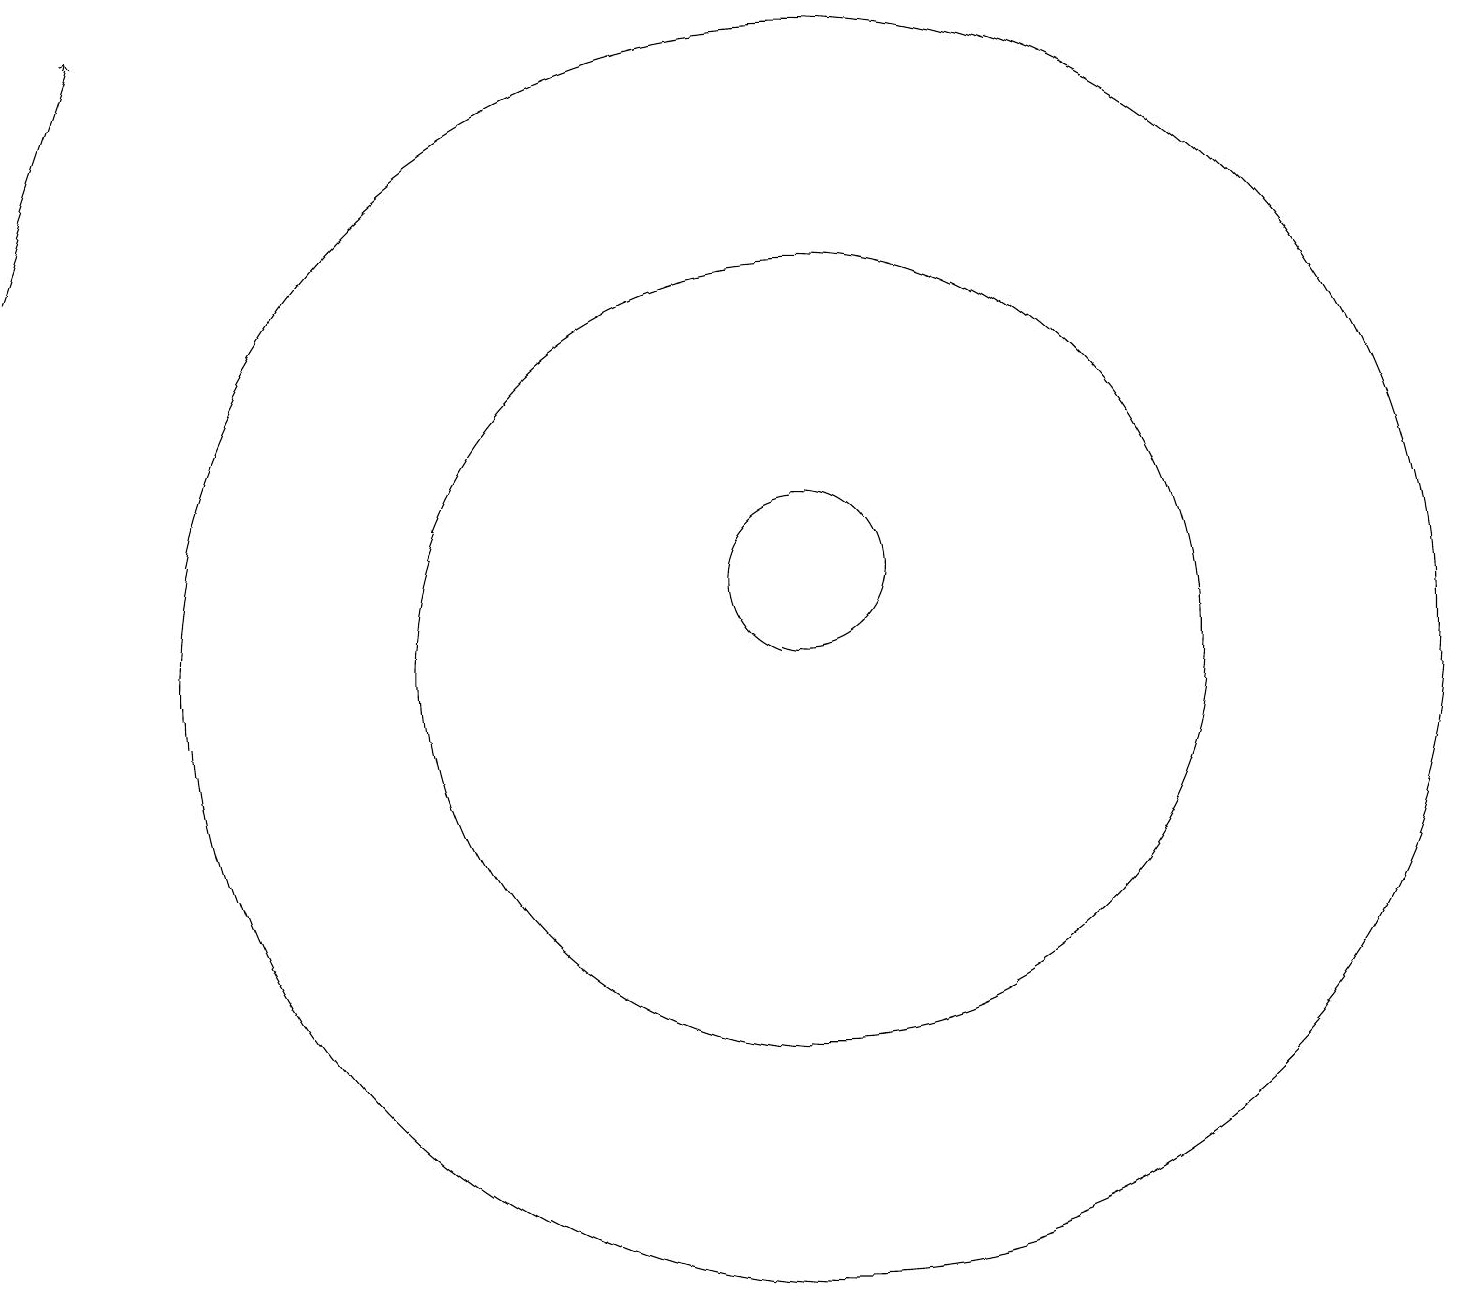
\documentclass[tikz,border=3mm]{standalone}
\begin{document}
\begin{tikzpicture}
\draw (10,11) circle (1);
\draw[->] (0,15) -- (1,18);
\draw (10,10) circle (5);
\draw (10,10) circle (8);
\draw (11,11) circle (0);
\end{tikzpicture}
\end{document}